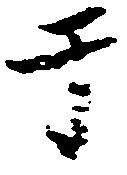
于